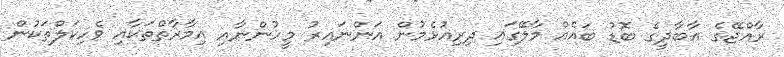
ރާއްޖޭގެ އާބާދީގެ ބޮޑު ބައެއް މާލޭގައި ދިރިއުޅެމުން އަންނައިރު މީހުންނާއި އިމާރާތްތަކާއި ވެހިކަލްތަކުން